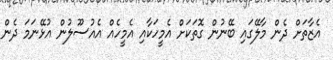
އެޒާތަށް ދެން މާލޭގައި ބޭނުން ގޮތަކަށް އެމީހަކާއި އެމީހެއް އެއުސޫލުން އުޅޭނަމަ ދެން